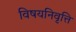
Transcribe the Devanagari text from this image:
विषयनिवृत्ति